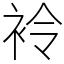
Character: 袊